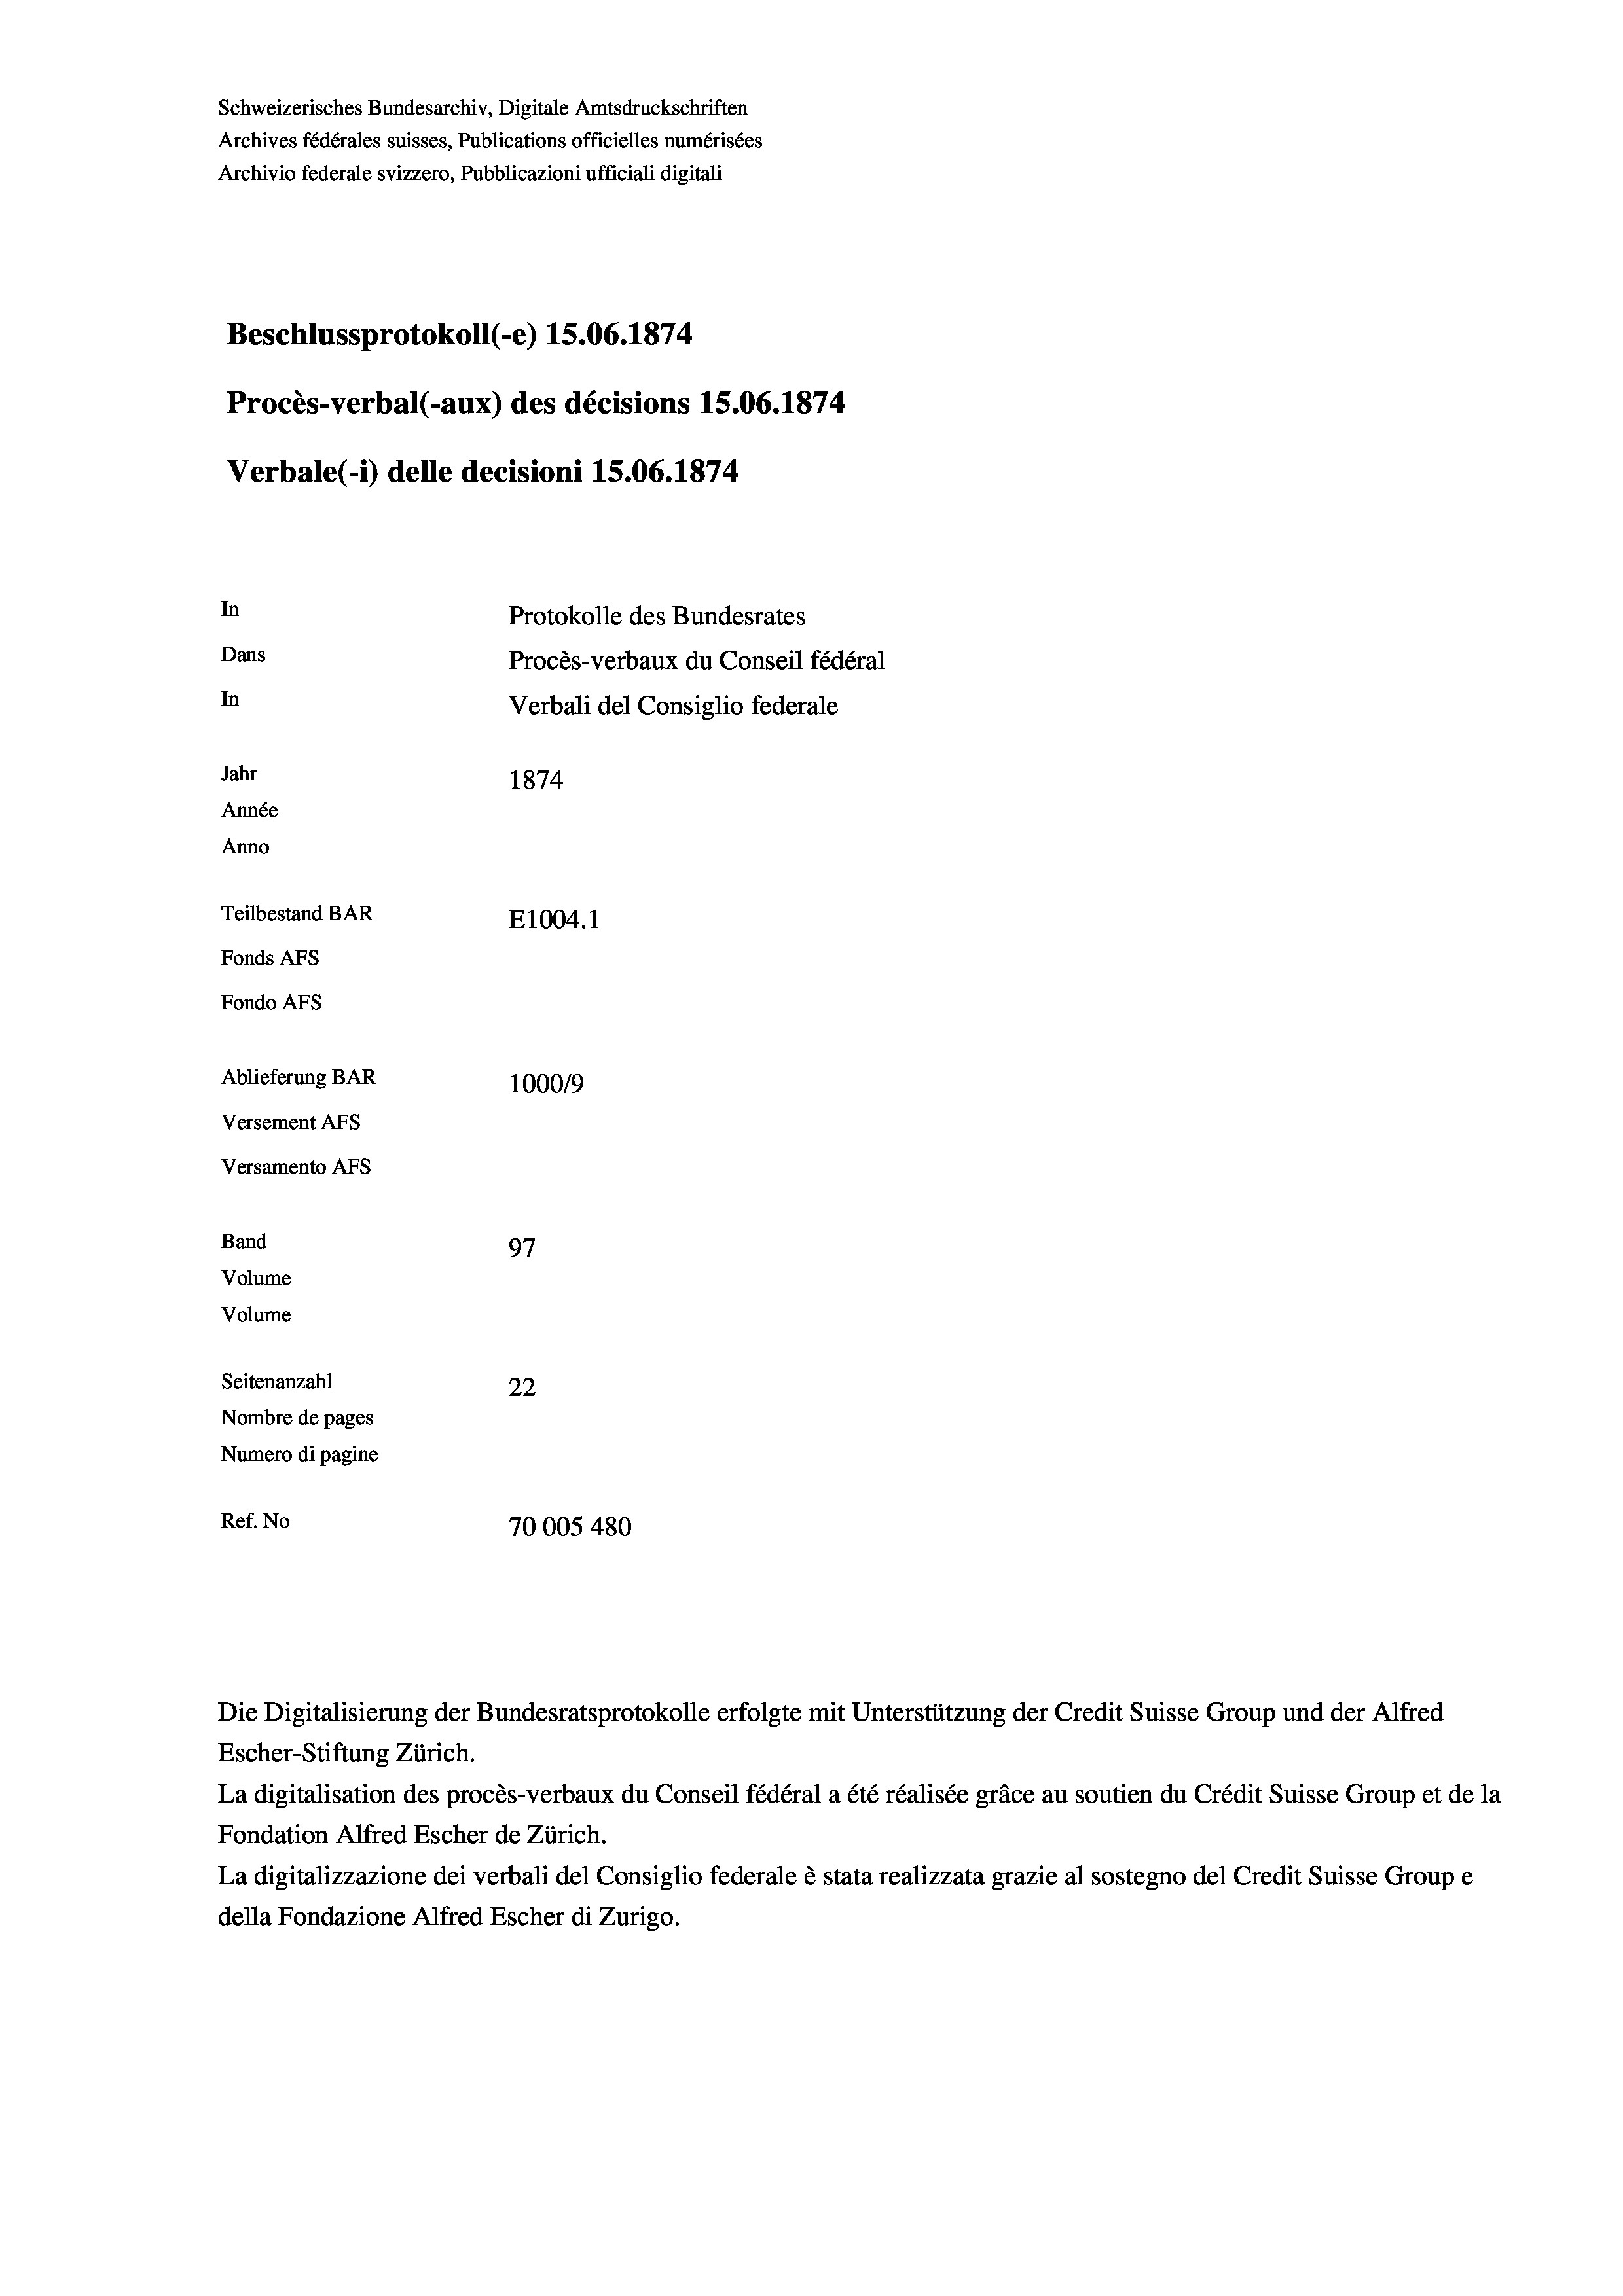
Schweizerisches Bundesarchiv, Digitale Amtsdruckschriften
Archives fédérales suisses, Publications officielles numérisées
Archivio federale svizzero, Pubblicazioni ufficiali digitali
Beschlussprotokoll (-e) 15.06. 1874.
Procès-verbal (-aux) des décisions 15.06. 1874
Verbale(-*) delle decisioni 15.06. 1874
In
Protokolle des Bundesrates
Dans
Procès-verbaux du Conseil fédéral
In
Verbali del Consiglio federale
Jahr
1874
Année
Anno
Teilbestand BAR
E1004.1
Fonds AFs
Fondo AFs
Ablieferung BAR
100019
Versement Abs
Versamento AFs
Band
97
Volume
Volume
Seitenanzahl
22
Nombre de pages
Numero di pagine
Ref. No
70005 480

Escher-Stiftung Zürich.
La digitalisation des procès-verbaux du Conseil fédéral a été réalisée gräce au soutien du Crédit Suisse Group et de la
Fondation Alfred Escher de Zürich.
La digitalizzazione dei verbali del Consiglio federale è stata realizzata grazie al sostegno del Credit Suisse Groupe
della Fondazione Alfred Escher di Zurigo.

Die Digitalisierung der Bundesratsprotokolle erfolgte mit Unterstützung der Credit Suisse Group und der Alfred